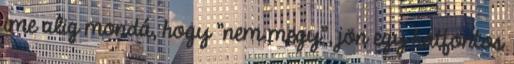
ime alig mondá, hogy "nem megy", jön egy hatfontos